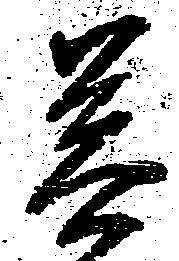
菩